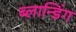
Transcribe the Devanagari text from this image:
ब्लान्डिंग